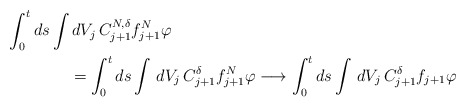
\begin{align*} \int_0^t ds \int& \,dV_j\,C_{j+1}^{N,\delta}f_{j+1} ^N\varphi \\&=\int_0^t ds \int \,dV_j\,C_{j+1}^\delta f_{j+1}^N\varphi \longrightarrow \int_0^t ds \int \,dV_j\,C_{j+1}^\delta f_{j+1}\varphi \end{align*}